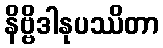
နိဗ္ဗိဒါနုပဿိတာ